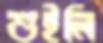
শুইলি